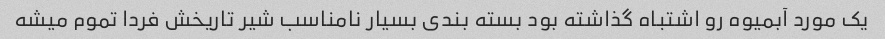
یک مورد آبمیوه رو اشتباه گذاشته بود بسته بندی بسیار نامناسب شیر تاریخش فردا تموم میشه